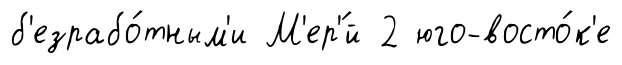
б'езрабо́тным'и М'ер'́й 2 юго-восто́к'е